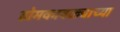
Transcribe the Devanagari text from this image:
डोमकावळ्याच्या